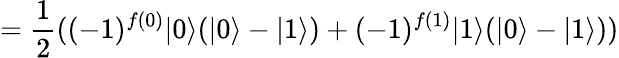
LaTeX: ={\frac{1}{2}}((-1)^{f(0)}|0\rangle(|0\rangle-|1\rangle)+(-1)^{f(1)}|1\rangle(|0\rangle-|1\rangle))